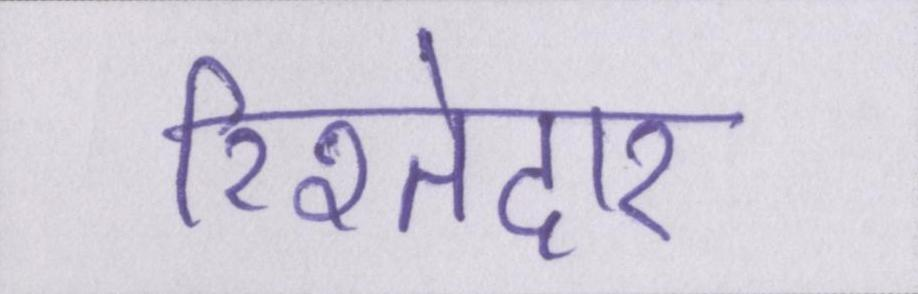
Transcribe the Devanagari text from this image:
रिश्तेदार